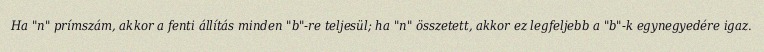
Ha "n" prímszám, akkor a fenti állítás minden "b"-re teljesül; ha "n" összetett, akkor ez legfeljebb a "b"-k egynegyedére igaz.